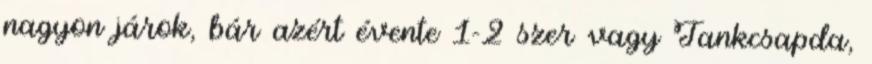
nagyon járok, bár azért évente 1-2 szer vagy Tankcsapda,